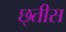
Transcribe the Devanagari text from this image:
छ्तीस